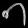
Digit: ၈